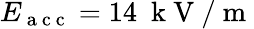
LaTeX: E_{\mathrm{~a~c~c~}}=14\ \mathrm{~k~V~}/\mathrm{~m~}